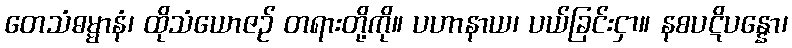
တေသံဓမ္မာနံ၊ ထိုသံယောဇဉ် တရားတို့ကို။ ပဟာနာယ၊ ပယ်ခြင်းငှာ။ နစပဋိပန္နော၊